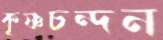
কৃষ্ণচন্দন